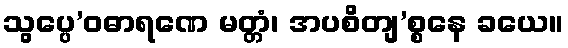
သွပ္ပေ’ဝဓာရဏေ မတ္တံ၊ အပစိတျ’စ္စနေ ခယေ။